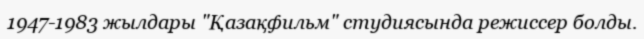
1947-1983 жылдары "Қазақфильм" студиясында режиссер болды.